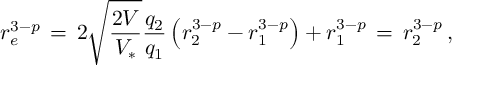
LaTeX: r _ { e } ^ { 3 - p } \, = \, 2 \sqrt { \frac { 2 V } { V _ { * } } } \frac { q _ { 2 } } { q _ { 1 } } \left( r _ { 2 } ^ { 3 - p } - r _ { 1 } ^ { 3 - p } \right) + r _ { 1 } ^ { 3 - p } \, = \, r _ { 2 } ^ { 3 - p } \, ,